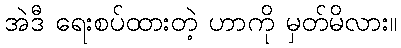
အဲဒီ ရေးစပ်ထားတဲ့ ဟာကို မှတ်မိလား။